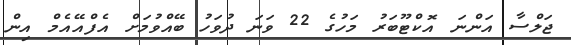
ޖަލްސާ އަންނަ އޮކްޓޫބަރު މަހުގެ 22 ވަނަ ދުވަހު ބޭއްވުމަށް އެފްއޭއެމް އިން